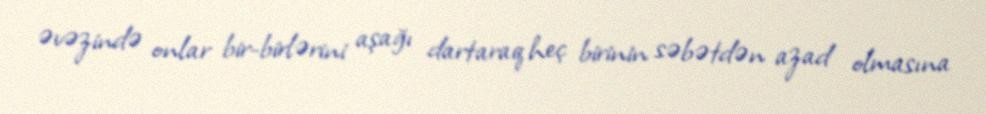
əvəzində onlar bir-birlərini aşağı dartaraq heç birinin səbətdən azad olmasına